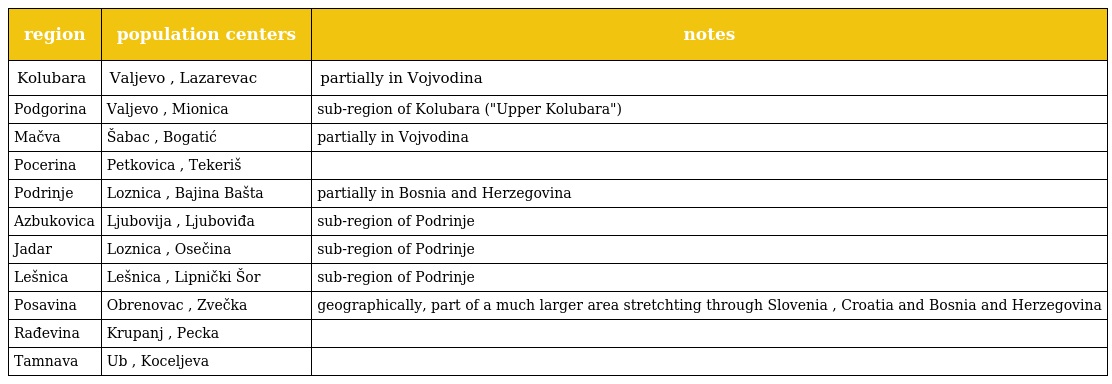
| region | population centers | notes |
 | --- | --- | --- |
 | Kolubara | Valjevo , Lazarevac | partially in Vojvodina |
 | Podgorina | Valjevo , Mionica | sub-region of Kolubara ("Upper Kolubara") |
 | Mačva | Šabac , Bogatić | partially in Vojvodina |
 | Pocerina | Petkovica , Tekeriš |  |
 | Podrinje | Loznica , Bajina Bašta | partially in Bosnia and Herzegovina |
 | Azbukovica | Ljubovija , Ljuboviđa | sub-region of Podrinje |
 | Jadar | Loznica , Osečina | sub-region of Podrinje |
 | Lešnica | Lešnica , Lipnički Šor | sub-region of Podrinje |
 | Posavina | Obrenovac , Zvečka | geographically, part of a much larger area stretchting through Slovenia , Croatia and Bosnia and Herzegovina |
 | Rađevina | Krupanj , Pecka |  |
 | Tamnava | Ub , Koceljeva |  |